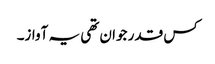
کس قدر جوان تھی یہ آواز۔